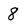
Character: 8